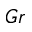
G r